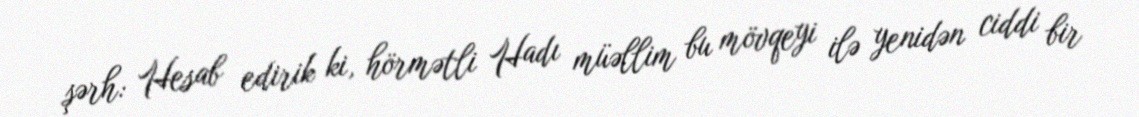
şərh: Hesab edirik ki, hörmətli Hadı müəllim bu mövqeyi ilə yenidən ciddi bir